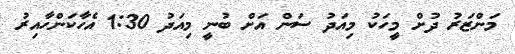
މަންޒަރު ދުށް މީހަކު މިއަދު ސަން އަށް ބުނީ މިއަދު 1:30 އެހާކަންހާއިރު